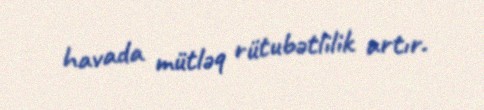
havada mütləq rütubətlilik artır.